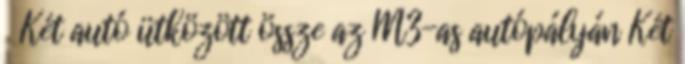
Két autó ütközött össze az M3-as autópályán Két